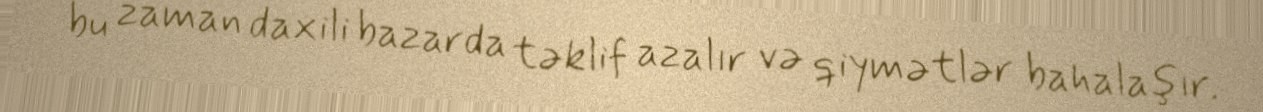
bu zaman daxili bazarda təklif azalır və qiymətlər bahalaşır.